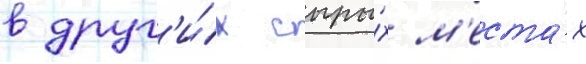
в друг'и́х сыры́х м'еста́х